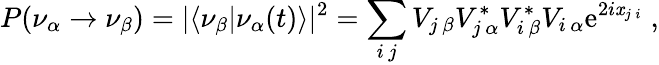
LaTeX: P(\nu_{\alpha}\rightarrow\nu_{\beta})=|\langle\nu_{\beta}|\nu_{\alpha}(t)\rangle|^{2}=\sum_{i\, j}V_{j\, \beta}V_{j\, \alpha}^{*}V_{i\, \beta}^{*}V_{i\, \alpha}\mathrm{e}^{2i\mathit{x}_{j\, i}}\; ,